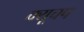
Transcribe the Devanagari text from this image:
क्यूचप